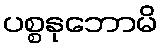
ပစ္စနုဘောမိ